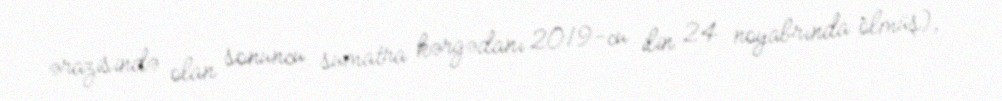
ərazisində olan sonuncu sumatra kərgədanı 2019-cu ilin 24 noyabrında ölmüş),